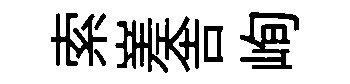
索嵳舎峋